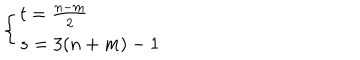
\left\{ \begin{array} { l l } { { t = \frac { n - m } { 2 } } } \\ { { s = 3 ( n + m ) - 1 } } \\ \end{array} \right.